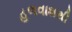
હળવાશથી